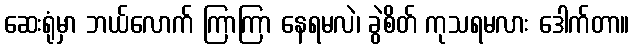
ဆေးရုံမှာ ဘယ်လောက် ကြာကြာ နေရမလဲ၊ ခွဲစိတ် ကုသရမလား ဒေါက်တာ။